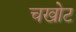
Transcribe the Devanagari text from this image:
चखोट